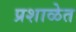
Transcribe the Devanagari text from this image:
प्रशाळेत